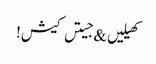
کھیلیں & جیتں کیش!